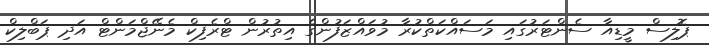
ޕޮލިސް މީޑިއާ ސެންޓަރުގައި މަސައްކަތްކުރާ މުވައްޒަފުންގެ އިތުރުން ޓްރެފިކް މެނޭޖްމަންޓް އަދި ޕަބްލިކް